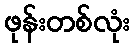
ဖုန်းတစ်လုံး